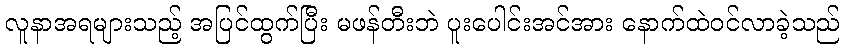
လူနာအရများသည့် အပြင်ထွက်ပြီး မဖန်တီးဘဲ ပူးပေါင်းအင်အား နောက်ထဲဝင်လာခဲ့သည်